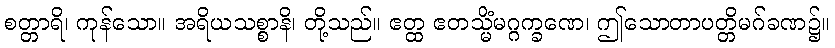
စတ္တာရိ၊ ကုန်သော။ အရိယသစ္စာနိ၊ တို့သည်။ ဧတ္ထ ဧတသ္မိံမဂ္ဂက္ခဏေ၊ ဤသောတာပတ္တိမဂ်ခဏ၌။